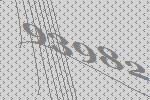
93982